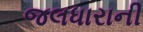
જલધારાની